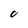
Character: 0